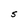
Character: S